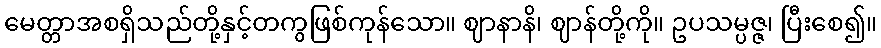
မေတ္တာအစရှိသည်တို့နှင့်တကွဖြစ်ကုန်သော။ ဈာနာနိ၊ ဈာန်တို့ကို။ ဥပသမ္ပဇ္ဇ၊ ပြီးစေ၍။